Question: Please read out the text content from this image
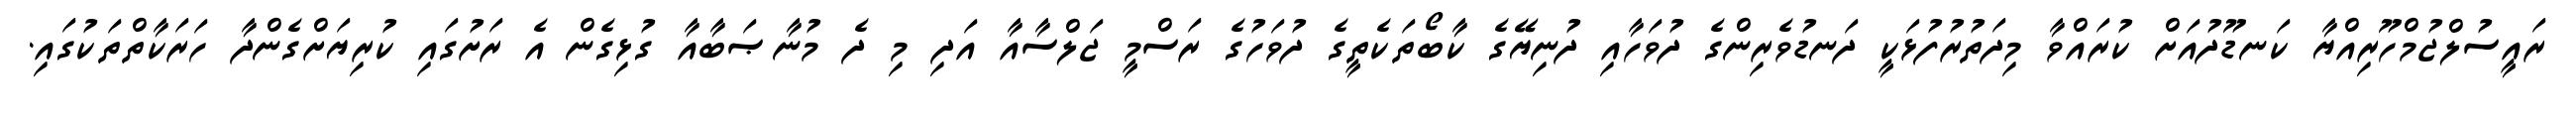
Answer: ރައީސުލްޖުމްހޫރިއްޔާ ކަނޑޫދުއަށް ކުރައްވާ މިދަތުރުފުޅަކީ ދަނޑުވެރިންގެ ދުވަހާއި ދުނިޔޭގެ ކާބޯތަކެތީގެ ދުވަހުގެ ރަސްމީ ޖަލްސާއާ އަދި މި ދެ މުނާޞަބާއާ ގުޅިގެން އެ ރަށުގައި ކުރިޔަށްގެންދާ ހަރަކާތްތަކުގައި.